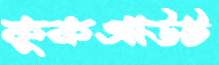
কুকআউট